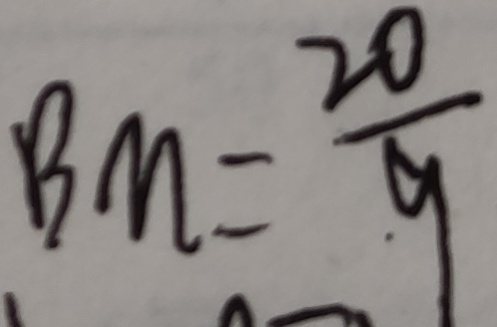
B M = \frac { 2 0 } { 9 }